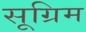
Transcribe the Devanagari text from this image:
सूग्रिम